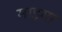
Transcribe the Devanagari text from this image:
माझ्या